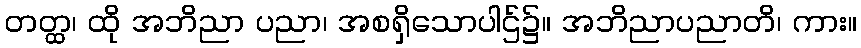
တတ္ထ၊ ထို အဘိညာ ပညာ၊ အစရှိသောပါဌ်၌။ အဘိညာပညာတိ၊ ကား။